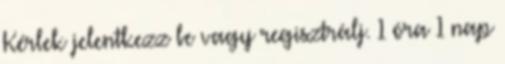
Kérlek jelentkezz be vagy regisztrálj. 1 óra 1 nap